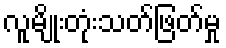
လူမျိုးတုံးသတ်ဖြတ်မှု